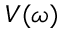
V ( \omega )